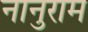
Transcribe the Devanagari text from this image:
नानुराम